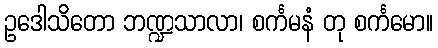
ဥဒေါသိတော ဘဏ္ဍသာလာ၊ စင်္ကမနံ တု စင်္ကမော။